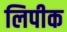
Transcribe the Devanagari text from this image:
लिपीक